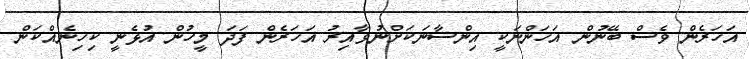
އަހަރެން ވެސް ބޭނުން އަހަންނަކީ އިންސާނަކަށްނުވާއިރު އަހަރެން ފަދަ މީހުން އުޅެނީ ކިހިނެއްކަން